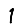
Digit: 1